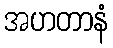
အဟတာနံ